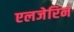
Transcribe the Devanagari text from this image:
एलजेरिन